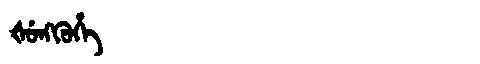
Manchu: ᡧᡠᠩᡴᡠᡥᡝ
Romanization: ŠUNGKUHE